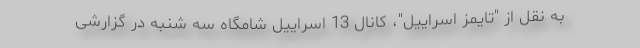
به نقل از "تایمز اسراییل"، کانال 13 اسراییل شامگاه سه شنبه در گزارشی